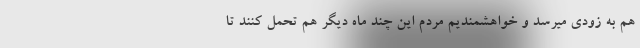
هم به زودی میرسد و خواهشمندیم مردم این چند ماه دیگر هم تحمل کنند تا